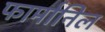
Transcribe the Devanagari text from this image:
फार्मानिल